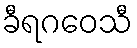
ခီရဂဝေသီ